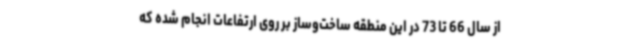
از سال 66 تا 73 در این منطقه ساخت‌وساز بر روی ارتفاعات انجام شده که